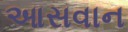
આસવાન